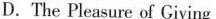
D.The Pleasure of Civing